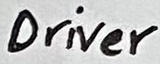
Text: Driver